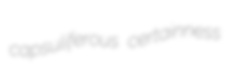
capsuliferous certainness